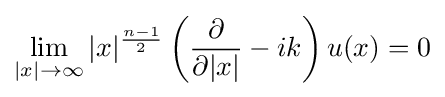
\lim _{|x|\to \infty }|x|^{\frac {n-1}{2}}\left({\frac {\partial }{\partial |x|}}-ik\right)u(x)=0